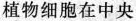
植物细胞在中央